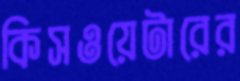
কিসওয়েটারের